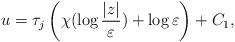
LaTeX: \begin{align*}u = \tau_j \left(\chi(\log\frac{|z|}{\varepsilon}) + \log \varepsilon\right)+ C_1 ,\end{align*}